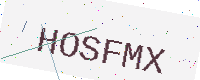
Text: HOSFMX